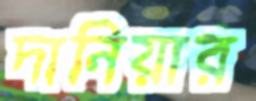
দানিয়ার